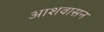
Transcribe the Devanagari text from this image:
आशवासन